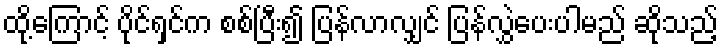
ထို့ကြောင့် ပိုင်ရှင်က စစ်ပြီး၍ ပြန်လာလျှင် ပြန်လွှဲပေးပါမည် ဆိုသည့်